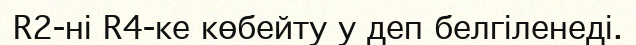
R2-ні R4-ке көбейту у деп белгіленеді.